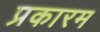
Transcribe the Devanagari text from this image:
प्रकारम